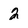
Character: 2